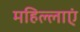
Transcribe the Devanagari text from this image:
महिल्लाएं